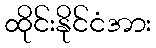
ထိုင်းနိုင်ငံအား